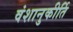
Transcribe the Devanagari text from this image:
वंशानुकीर्ति